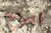
امزح